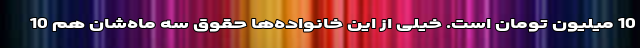
10 میلیون تومان است. خیلی از این خانواده‌ها حقوق سه ماه‌شان هم 10